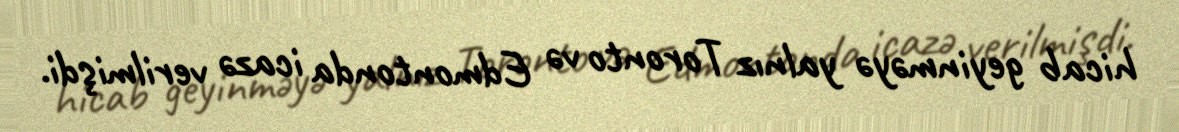
hicab geyinməyə yalnız Toronto və Edmontonda icazə verilmişdi.